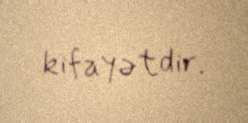
kifayətdir.